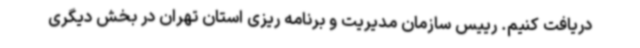
دریافت کنیم. رییس سازمان مدیریت و برنامه ریزی استان تهران در بخش دیگری